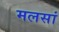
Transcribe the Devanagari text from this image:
मलसां